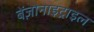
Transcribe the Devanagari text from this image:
बेंज़ोनाइट्राइल